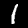
Label: 1